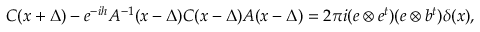
C ( x + \Delta ) - e ^ { - i h } A ^ { - 1 } ( x - \Delta ) C ( x - \Delta ) A ( x - \Delta ) = 2 \pi i ( e \otimes e ^ { t } ) ( e \otimes b ^ { t } ) \delta ( x ) ,